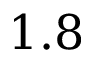
1 . 8